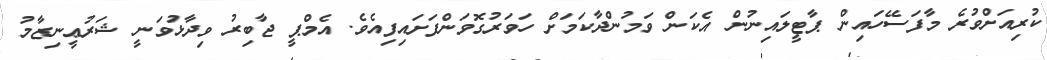
ކުރިއަށްވުރެ މާފަސޭހައިން ޕާޓީލައިނުން އެކަން ވަމުންދާކަމަށް ހަވަރުގޮވަންފަށައިފިއެވެ. އެމްޕީ ޖާބިރު ވިދާޅުވަނީ ޝަރުޢީނިޒާމު